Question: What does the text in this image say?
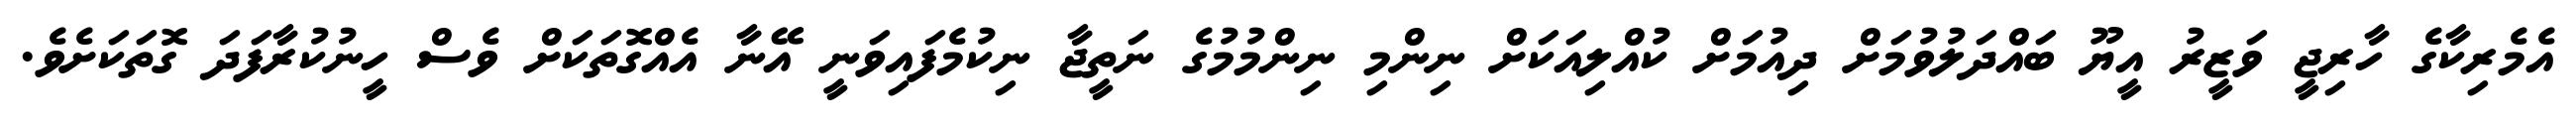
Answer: އެމެރިކާގެ ހާރިޖީ ވަޒީރު އީޔޫ ބައްދަލުވުމަށް ދިއުމަށް ކުއްލިއަކަށް ނިންމި ނިންމުމުގެ ނަތީޖާ ނިކުމެފައިވަނީ އޭނާ އެއްގޮތަކަށް ވެސް ހީނުކުރާފަދަ ގޮތަކަށެވެ.